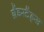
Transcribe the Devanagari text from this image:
ग्रैंडस्टैंड्स